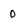
Character: 0